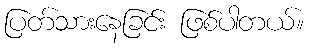
ပြတ်သားနေခြင်း ဖြစ်ပါတယ်။